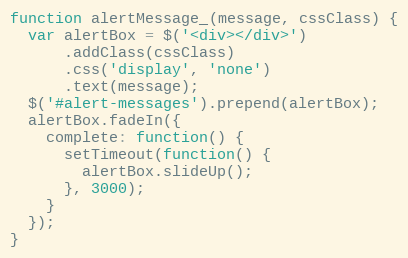
Language: JavaScript
function alertMessage_(message, cssClass) {
  var alertBox = $('<div></div>')
      .addClass(cssClass)
      .css('display', 'none')
      .text(message);
  $('#alert-messages').prepend(alertBox);
  alertBox.fadeIn({
    complete: function() {
      setTimeout(function() {
        alertBox.slideUp();
      }, 3000);
    }
  });
}